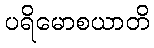
ပရိမောစယာတိ